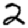
Digit: 2